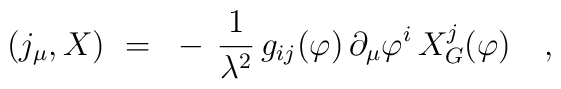
(j_\mu,X)~=~- \, {1\over \lambda^2} \, g_{ij}(\varphi) \,                  \partial_\mu \varphi^i \, X_G^j(\varphi)~~~,\vspace{-2mm}